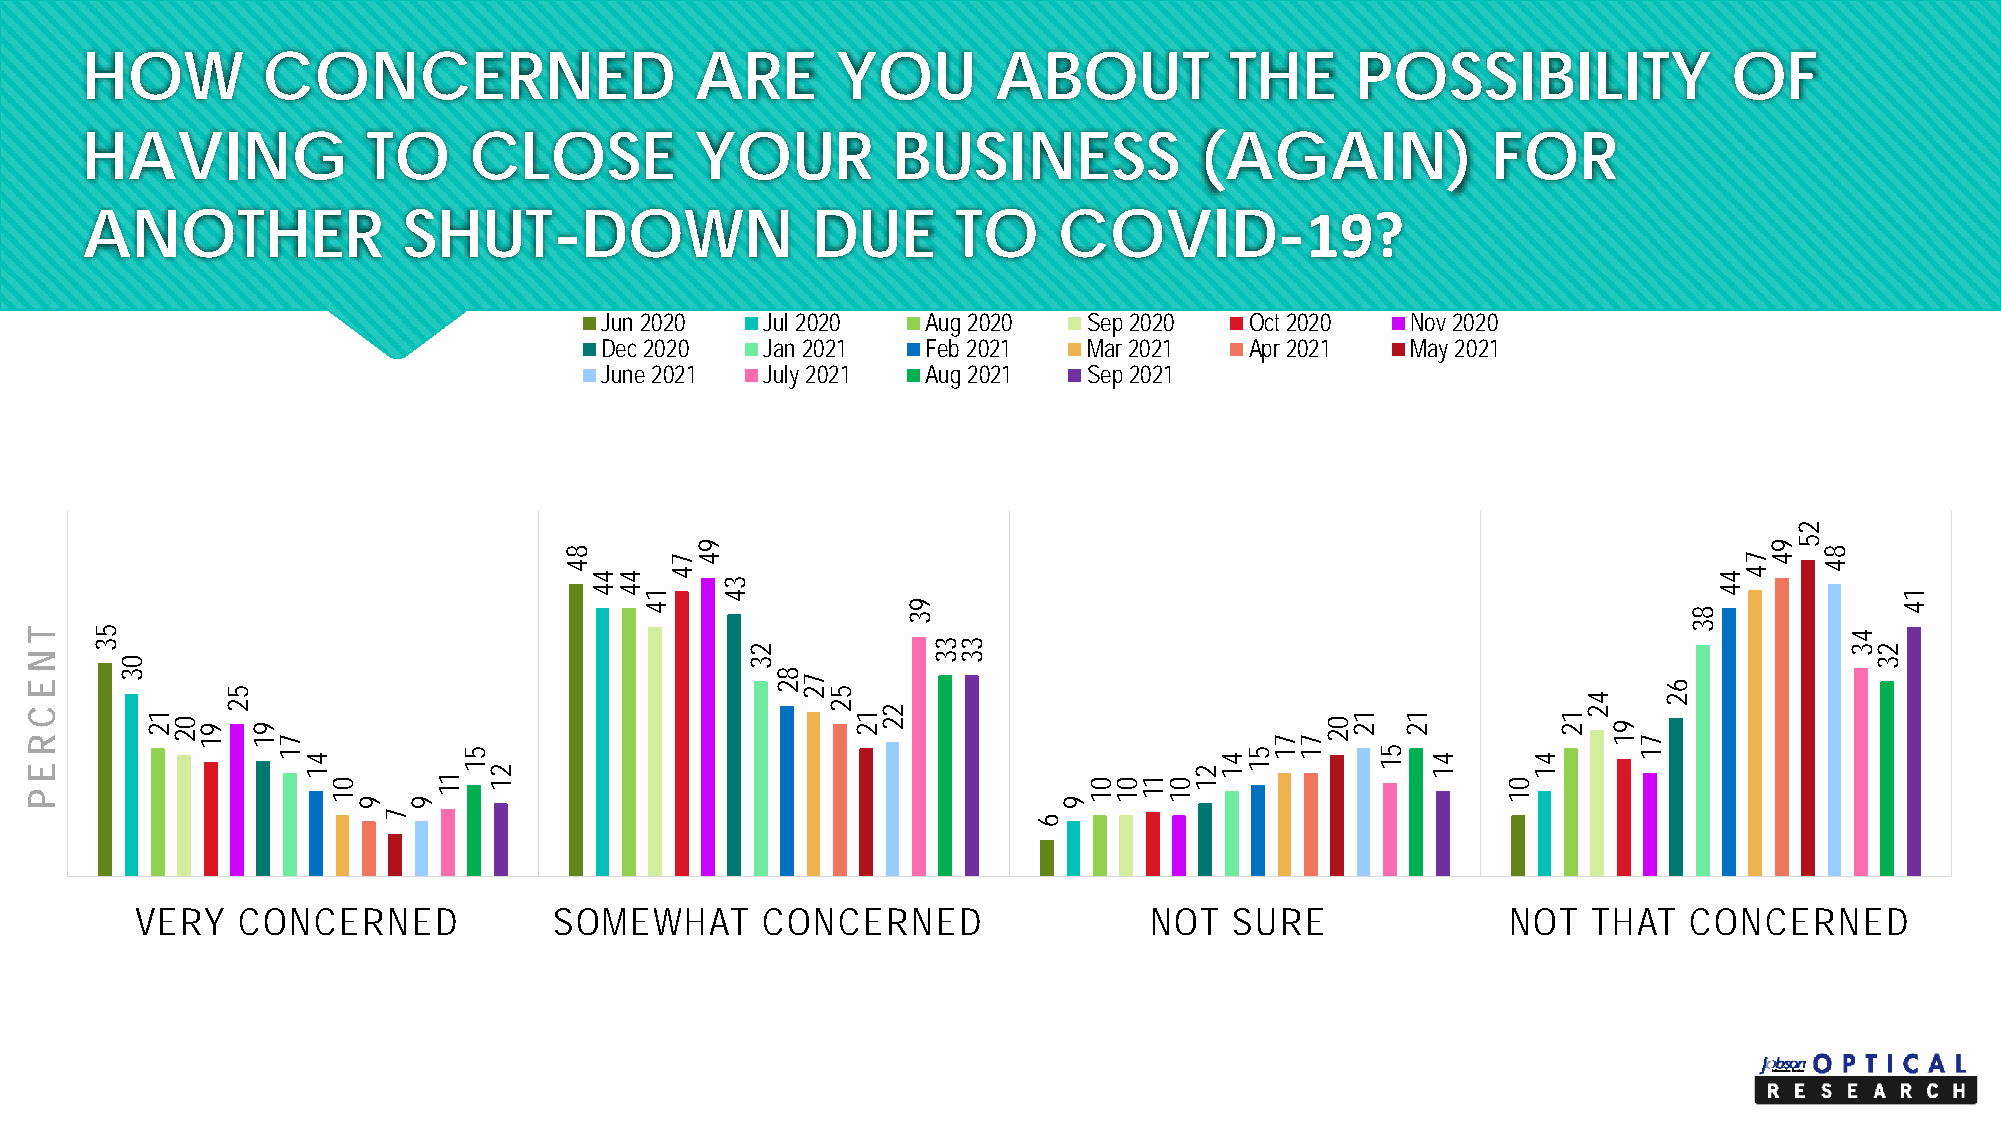
HOW         CONCERNED                    ARE      YOU        ABOUT          THE      POSSIBILITY              OF
 HAVING             TO     CLOSE          YOUR         BUSINESS            (AGAIN)             FOR
 ANOTHER               SHUT-DOWN                  DUE      TO     COVID-19?
 Jun 2020   Jul 2020  Aug 2020   Sep 2020   Oct 2020  Nov 2020
 Dec 2020   Jan 2021  Feb 2021   Mar 2021   Apr 2021  May 2021
 June 2021  July 2021 Aug 2021   Sep 2021
 VERY   CONCERNED            SOMEWHAT     CONCERNED                 NOT   SURE              NOT  THAT   CONCERNED
 T
 NE
 C
 REP
 53
 03
 12 02 91
 52
 91
 71
 41
 01
 9
 7
 9
 11
 51
 21
 84
 44 44
 14
 74 94
 34
 23
 82 72 52
 12 22
 93
 33 33
 6
 9
 01 01 11 01
 21
 41 51
 71 71
 02 12
 51
 12
 41
 01
 41
 12
 42
 91
 71
 62
 83
 44
 74 94
 25
 84
 43
 23
 14